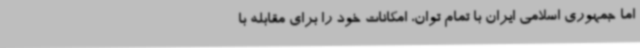
اما جمهوری اسلامی ایران با تمام توان، امکانات خود را برای مقابله با